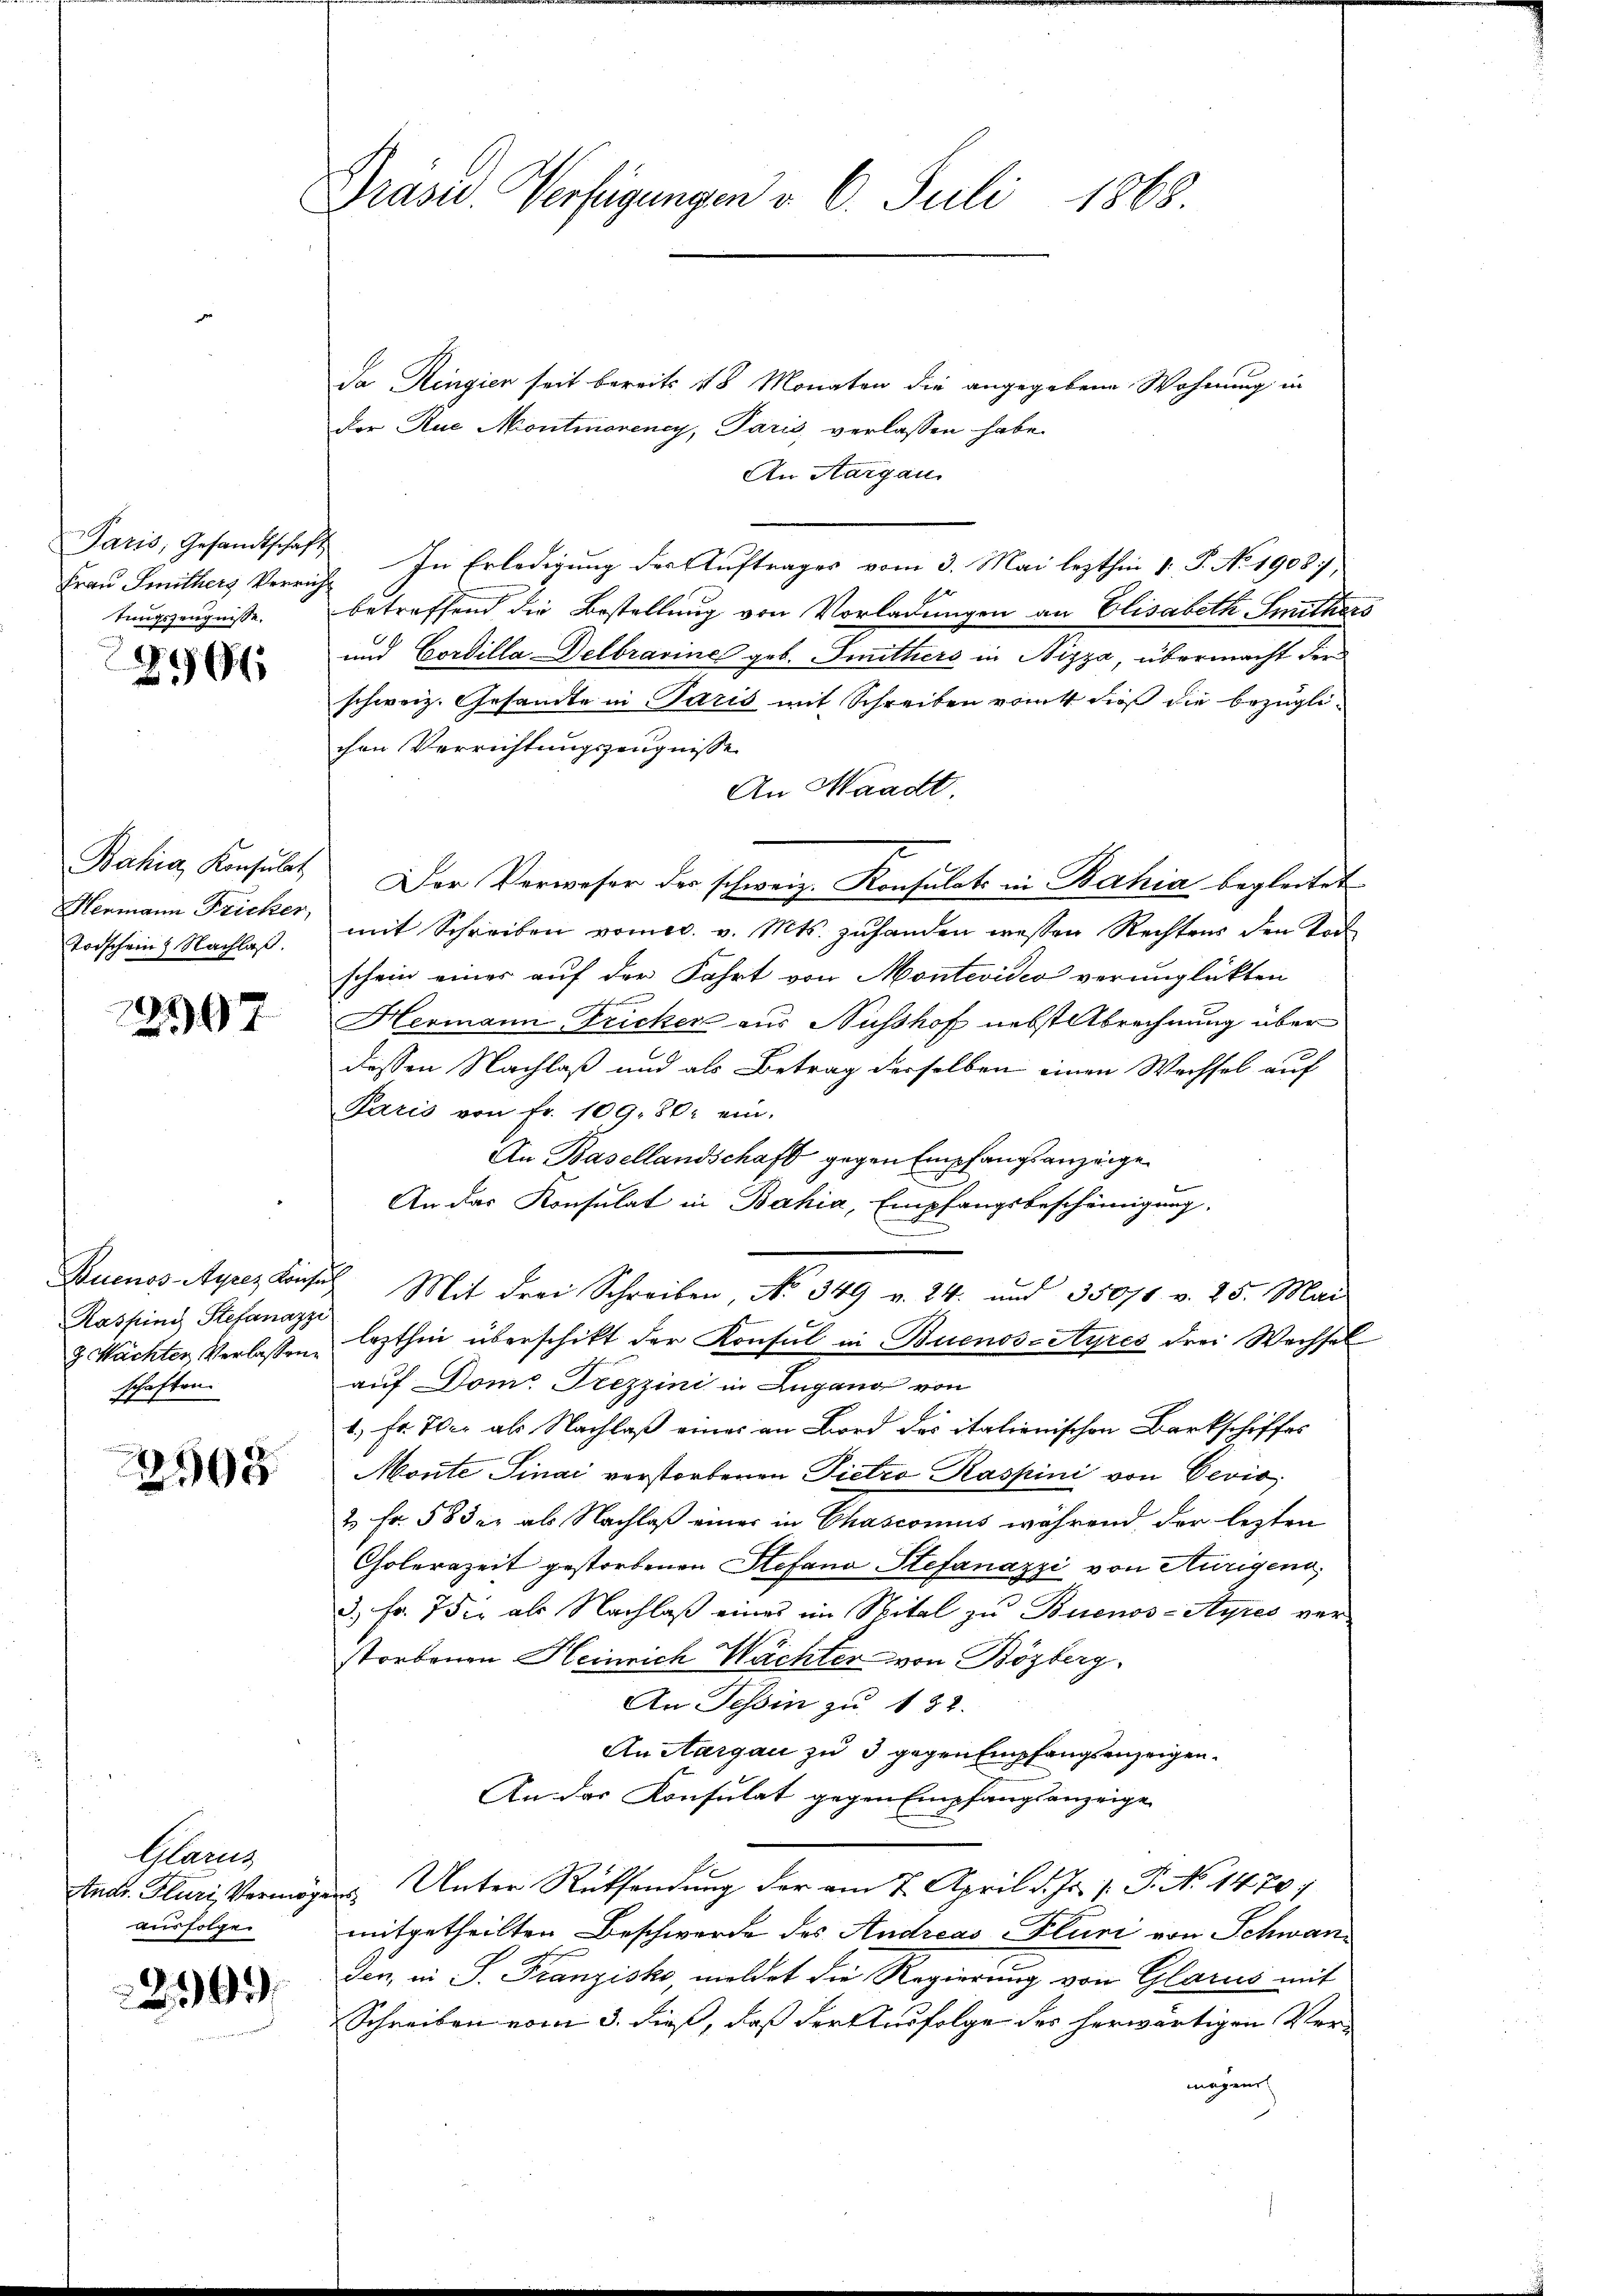
Paris, Gesandtschaf
Frau Smithers Verrich
tungszeugnisse.

266

Hermann Fricker,
Todschein Nachlaß.

22397

Raspind Stefanazzi
schaften.

2508

Glarus
ausfolgen

292

Präsid. Verfügungen v. 6. Juli 1868.

Da Ringien seit bereits 18 Monaten die angegebene Wohnung in
Der Rue Montmoreney, Paris, verlassen habe.
An Aargau
 In Erledigung der Auftrages vom 3. Mai lezthin 1 S. No 19087,
ich
betreffend die Bestellung von Vorladungen an Elisabeth Smithers
6
und Cordilla Delbrarine geb. Smithiers in Nizza, übermacht der
schweiz. Gesandte in Paris mit Schreiben von dieß die bezüglichen Verrichtungszeugnisse
An Waadt,
Bahia Konsŭlt Der Verweser der schweiz. Konsulats in Bahia begleitet
mit Schreiben vom. v. Mts. zuhanden wessen Rechtens den Tod
schein einer auf der Fahrt von Montevideo verunglückten
Hermann Fricker aus Nusshof nebst Abrechnung über
dessen Nachlaß und als Betrag derselben einen Wechsel auf
Paris von fr. 109. 80. ein.
An Basellandschaft gegen Empfangsanzeige
An das Konsulat in Bahia, Empfangsbescheinigung.
Buenos Ayrez hinsich Mit drei Schreiben No. 349 v. 24. und 3500. v. 25. Mai
 Wächter Verlassen lezthin überschikt der Konsul in Buenos-Ayres drei Wachsel
auf Dom. Trezzini in Lugang von
1.) Fr. 700. als Nachlaß eines an Bord des italionischen Barkschiffes
Monte Sinai verstorbenen Dietzo Raspini von Gević,
2 Fr. 58 der als Nachlaß einer in Chasconus während der lezten
Cholerazeit gestorbenen Stefano Stefanazzi von Hurigend,
3) Fr. 7 die als Nachlaß eines im Spital zu Buenos-Ayres verstorbenen Heinrich Wächter von Bözberg
An Tessin zu 132.
Anstargau zu 3 gegen Empfangsanzeigen.
An das Konsulat gegen Empfangsanzeige
Stadt. Fluri Vermögens Unter Rücksendung der am 7. April d. Js. v. P. No. 14207
mitgetheilten Beschwerde des Andreas Fluri von Schwanden, in S. Franzisko, meldet die Regierung von Glarus mit
Schreiben vom 3. dieß, daß der Ausfolge des herwärtigen Vermögens